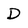
Character: D